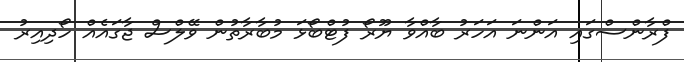
ފްރާންސްގައި އަންނަ އަހަރު ބާއްވާ ޔޫރޯ ފުޓްބޯޅަ މުބާރާތުން ވޭލްސް ޖާގައެއް ހޯދިއިރު